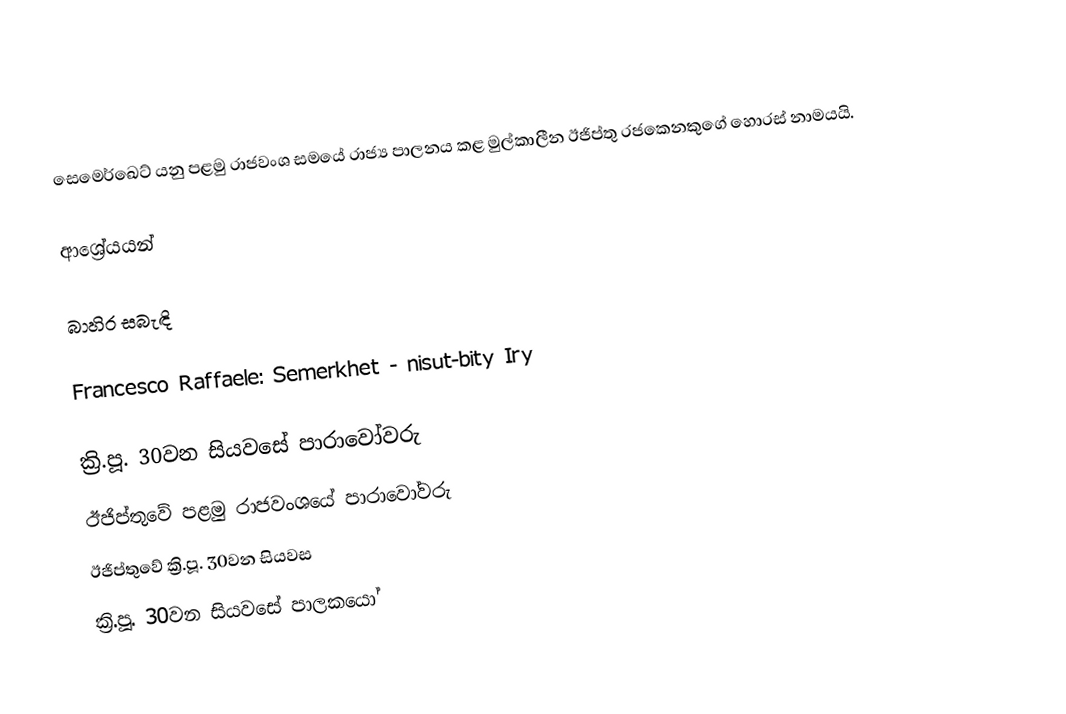
සෙමෙර්ඛෙට් ‍යනු පළමු රාජවංශ සමයේ රාජ්‍ය පාලනය කළ මුල්කාලීන ඊජිප්තු රජකෙනකුගේ හොරස් නාමයයි.

ආශ්‍රේයයන්

බාහිර සබැඳි

 Francesco Raffaele: Semerkhet - nisut-bity Iry

ක්‍රි.පූ. 30වන සියවසේ පාරාවෝවරු
ඊජිප්තුවේ පළමු රාජවංශයේ පාරාවෝවරු
ඊජිප්තුවේ ක්‍රි.පූ. 30වන සියවස
ක්‍රි.පූ. 30වන සියවසේ පාලකයෝ